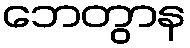
ဘေတွာန